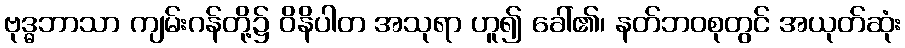
ဗုဒ္ဓဘာသာ ကျမ်းဂန်တို့၌ ဝိနိပါတ အသုရာ ဟူ၍ ခေါ်၏၊ နတ်ဘဝစုတွင် အယုတ်ဆုံး